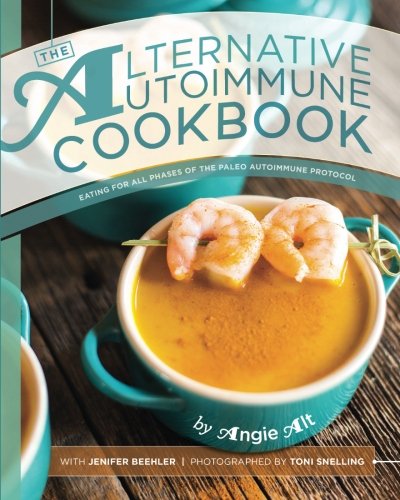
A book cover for The Alternative Autoimmune Cookbook: Eating for All Phases of the Paleo Autoimmune Protocol; Angie Alt; Cookbooks, Food & Wine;